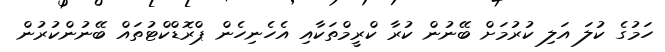
ހަމުގެ ކުލަ އަލި ކުރުމަށް ބޭނުން ކުރާ ކްރީމްތަކާއި އެހެނިހެން ޕްރޮޑްކްޓުތައް ބޭނުންކުރުން